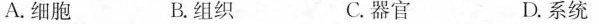
A.细胞 B.组织 C.器官 D.系统